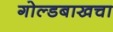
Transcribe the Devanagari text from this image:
गोल्डबाखचा